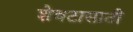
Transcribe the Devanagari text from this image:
शेवटासाठी